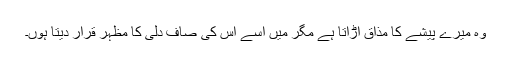
وہ میرے پیشے کا مذاق اڑاتا ہے مگر میں اُسے اس کی صاف دلی کا مظہر قرار دیتا ہوں۔